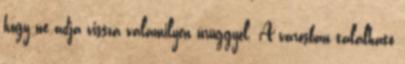
hogy ne adja vissza valamilyen ürüggyel. A városban található